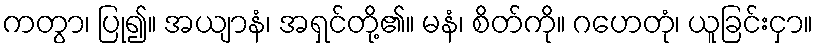
ကတွာ၊ ပြု၍။ အယျာနံ၊ အရှင်တို့၏။ မနံ၊ စိတ်ကို။ ဂဟေတုံ၊ ယူခြင်းငှာ။